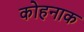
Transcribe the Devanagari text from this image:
कोहनाक